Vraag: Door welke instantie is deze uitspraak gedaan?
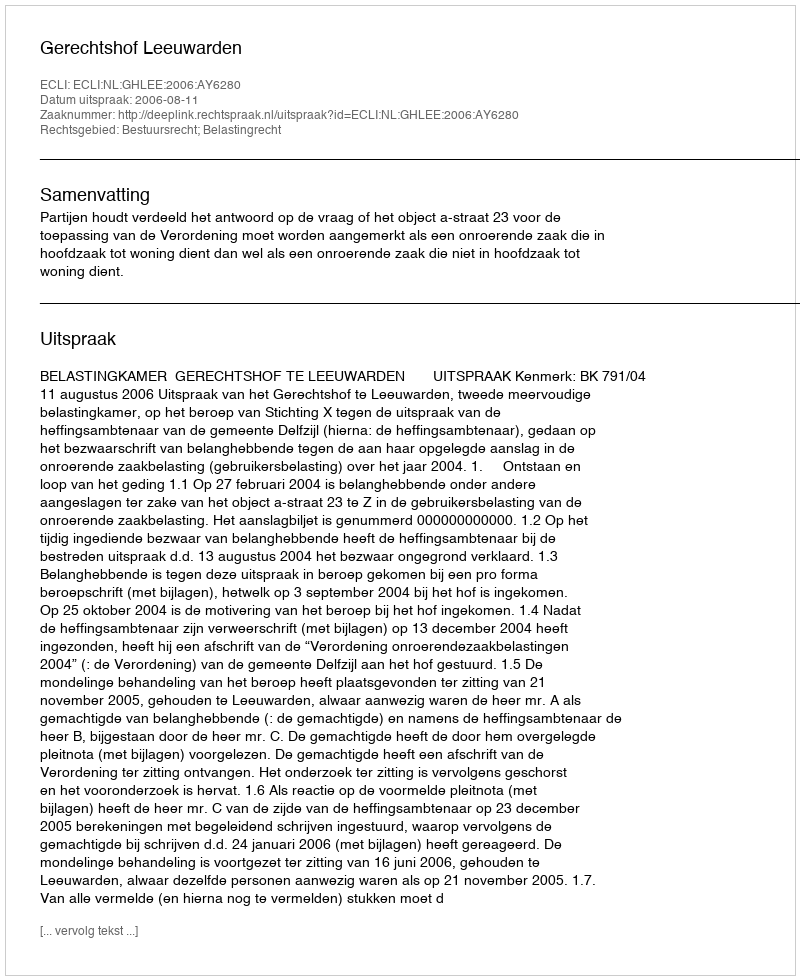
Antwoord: Gerechtshof Leeuwarden